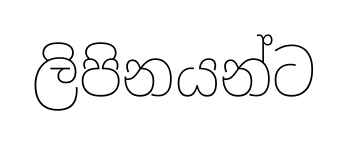
ලිපිනයන්ට